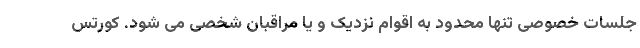
جلسات خصوصی تنها محدود به اقوام نزدیک و یا مراقبان شخصی می شود. کورتس